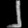
Digit: ၂